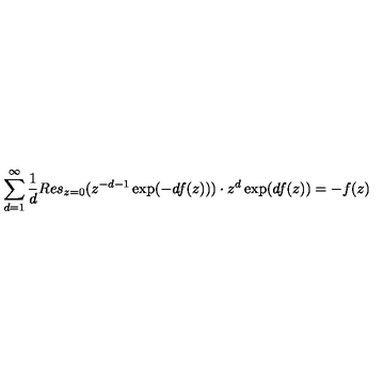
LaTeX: \sum _ { d = 1 } ^ { \infty } \frac { 1 } { d } R e s _ { z = 0 } ( z ^ { - d - 1 } \exp ( - d f ( z ) ) ) \cdot z ^ { d } \exp ( d f ( z ) ) = - f ( z )